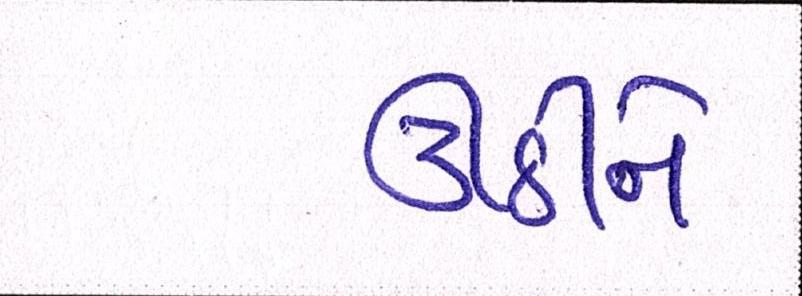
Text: ઊઠીને